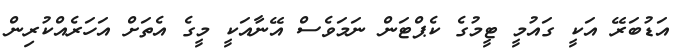
އަޑުބަރޭ އަކީ ގައުމީ ޓީމުގެ ކެޕްޓަން ނަމަވެސް އޭނާއަކީ މީގެ އެތަށް އަހަރެއްކުރިން